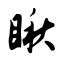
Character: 瞅